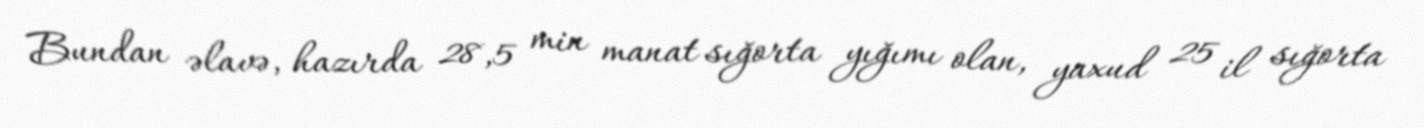
Bundan əlavə, hazırda 28,5 min manat sığorta yığımı olan, yaxud 25 il sığorta